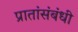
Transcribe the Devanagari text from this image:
प्रातांसंबंधी